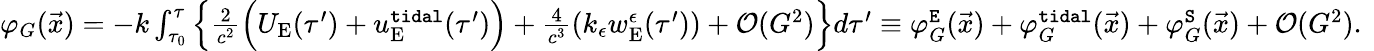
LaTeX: \begin{array}{r}{\varphi_{G}(\vec{x})=-k\int_{\tau_{0}}^{\tau}\Big\{ \frac{2}{c^{2}}\Big(U_{\mathrm{E}}(\tau^{\prime})+u_{\mathrm{E}}^{\tt tidal}(\tau^{\prime})\Big)+\frac{4}{c^{3}}(k_{\epsilon}w_{\mathrm{E}}^{\epsilon}(\tau^{\prime}))+{\cal O}(G^{2})\Big\} d\tau^{\prime}\equiv\varphi_{G}^{\tt E}(\vec{x})+\varphi_{G}^{\tt tidal}(\vec{x})+\varphi_{G}^{\tt S}(\vec{x})+{\cal O}(G^{2}).~}\end{array}